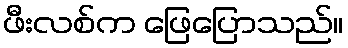
ဖီးလစ်က ဖြေပြောသည်။